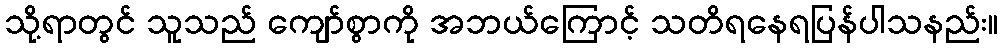
သို့ရာတွင် သူသည် ကျော်စွာကို အဘယ်ကြောင့် သတိရနေရပြန်ပါသနည်း။